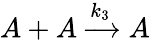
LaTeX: A+A\xrightarrow{k_{3}}A